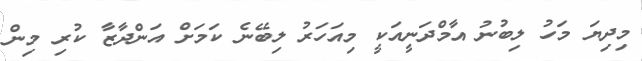
މިދިޔަ މަހު ލިބުނު އާމްދަނީއަކީ މިއަހަރު ލިބޭނެ ކަމަށް އަންދާޒާ ކުރި މިން